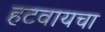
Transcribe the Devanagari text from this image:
हटवायचा